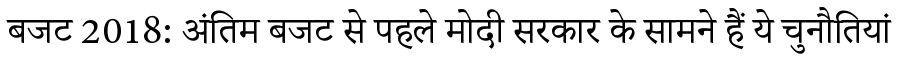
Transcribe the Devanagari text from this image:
बजट 2018: अंतिम बजट से पहले मोदी सरकार के सामने हैं ये चुनौतियां